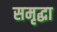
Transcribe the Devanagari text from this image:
समृद्धा